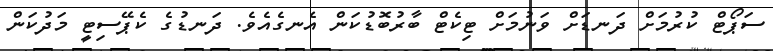
ސަޕޯޓް ކުރުމަށް ދަނޑަށް ވަނުމަށް ޓިކެޓް ބާރުބޮޑުކަން އެނގެއެވެ. ދަނޑުގެ ކެޕޭސިޓީ މަދުކަން